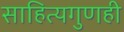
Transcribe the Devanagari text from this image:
साहित्यगुणही